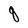
Character: q